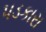
પડકારા